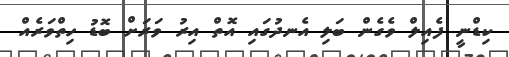
ކިޑްނީ ފެއިލް ވެގެން ބަލި އެނދުގައި އޮތް އިރު ވަރަށް ބޮޑު ހިތްވަރެއް